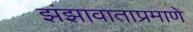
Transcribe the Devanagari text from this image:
झंझावाताप्रमाणे